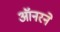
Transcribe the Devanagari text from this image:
ऑनरने